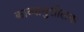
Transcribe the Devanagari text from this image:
काव्यानुशीलक